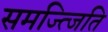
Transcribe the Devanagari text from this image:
समज्त्जिति